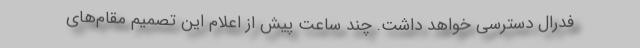
فدرال دسترسی خواهد داشت. چند ساعت پیش از اعلام این تصمیم مقام‌های